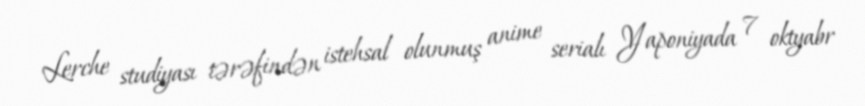
Lerche studiyası tərəfindən istehsal olunmuş anime serialı Yaponiyada 7 oktyabr